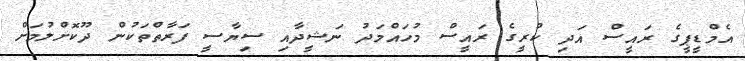
އެމްޑީޕީގެ ރައީސް އަދި ކުރީގެ ރައީސް މުހައްމަދު ނަޝީދާއި ސިޔާސީ ފަރާތްތަކުން ދޫކޮށްލުމަށް